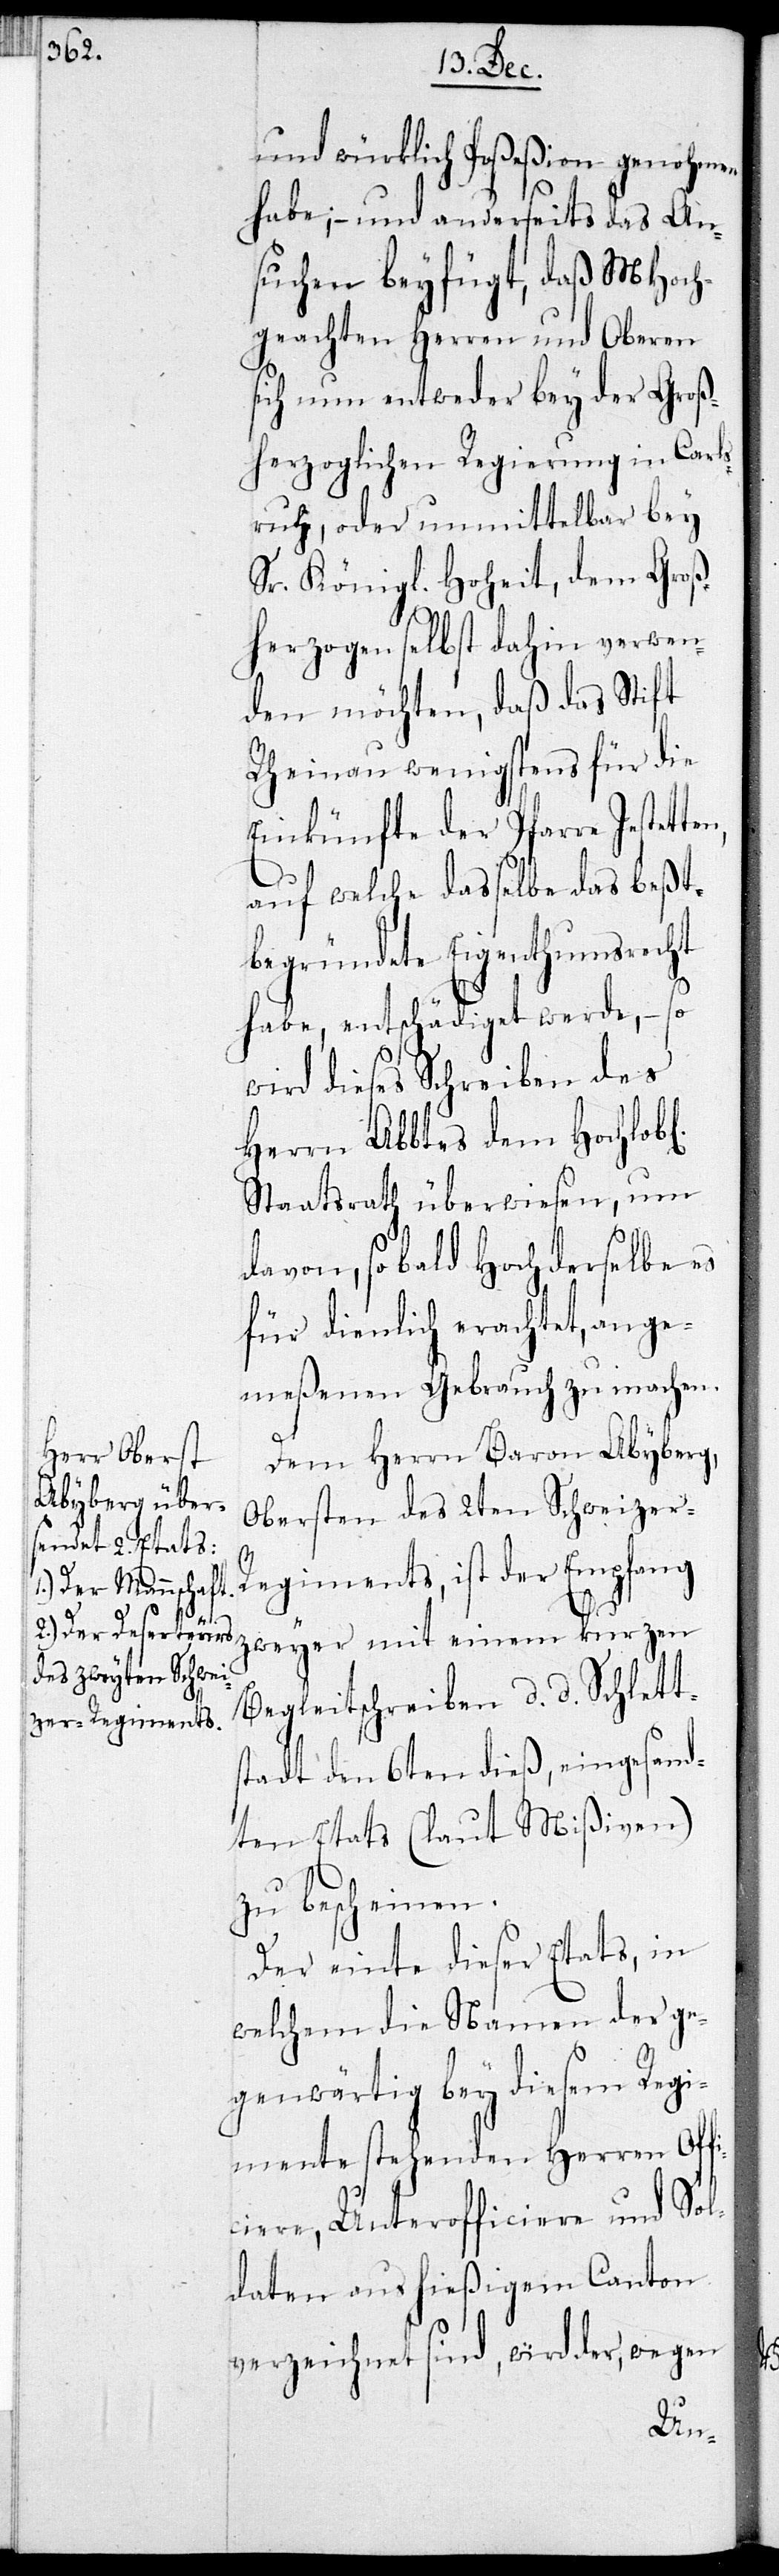
und würklich Poseßion genohmen
habe; – und anderseits das An¬
suchen beyfügt, daß MHoch¬
geachten Herren und Oberen
sich nun entweder bey der Groß¬
herzoglichen Regierung in Carls¬
ruhe, oder unmittelbar bey
Sr. Königl. Hoheit, dem Groß¬
herzogen selbst dahin verwen¬
den möchten, daß das Stift
Rheinau wenigstens für die
Einkünfte der Pfarre Jestetten
auf welche daßelbe das best¬
begründete Eigenthumsrecht
habe, entschädiget werde, – so
wird dieses Schreiben des
Herrn Abbtes dem Hochlobl.
Staatsrath überwiesen, um
davon, so bald Hochderselbe es
für dienlich erachtet, ange¬
meßenen Gebrauch zu machen.
Dem Herrn Baron Abyberg,
Obersten des 2ten Schweizer-R¬
egiments, ist der Empfang
zweyer mit einem kurzen
Begleitschreiben d. d. Schlett¬
stadt den 6ten dieß, eingesend¬
eten Etats (laut Mißiven)
zu bescheinen.
Der einte dieser Etats, in
welchem die Namen der ge¬
genwärtig bey diesem Regi¬
mente stehenden Herren Off¬
iciere, Unterofficiere und Sol¬
daten aus hießigem Canton
verzeichnet sind, wird der, wegen